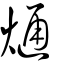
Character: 熥